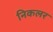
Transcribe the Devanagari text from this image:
निकलर